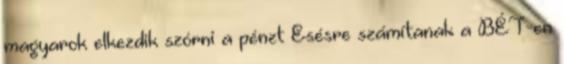
magyarok elkezdik szórni a pénzt Esésre számítanak a BÉT-en